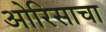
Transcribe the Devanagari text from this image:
ओरिसाचा